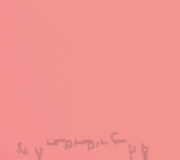
محل بقالة الحي   كل ما تح